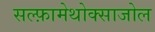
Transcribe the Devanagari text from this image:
सल्‍फ़ामेथोक्‍साजोल